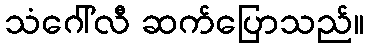
သံဂေါ်လီ ဆက်ပြောသည်။